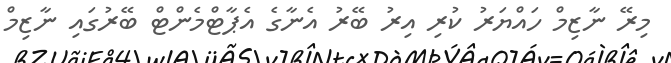
މިރޭ ނާޒިމް ހައްޔަރު ކުރި އިރު ބޭރު އެނާގެ އެޕާޓްމެންޓް ބޭރުގައި ނާޒިމް